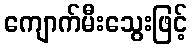
ကျောက်မီးသွေးဖြင့်